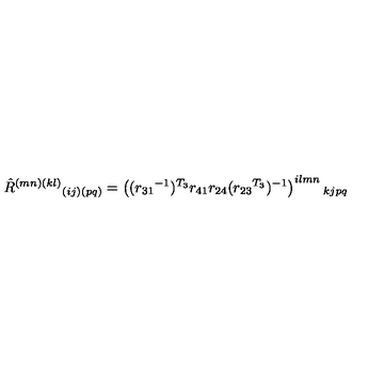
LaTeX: \hat { R } ^ { ( m n ) ( k l ) } { } _ { ( i j ) ( p q ) } = \left( ( { r _ { 3 1 } } ^ { - 1 } ) ^ { T _ { 3 } } r _ { 4 1 } r _ { 2 4 } ( { r _ { 2 3 } } ^ { T _ { 3 } } ) ^ { - 1 } \right) ^ { i l m n } { } _ { k j p q }